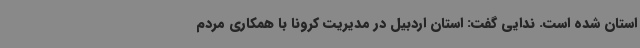
استان شده است. ندایی گفت: استان اردبیل در مدیریت کرونا با همکاری مردم